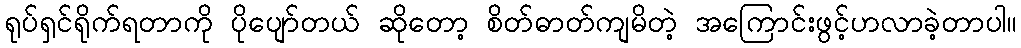
ရုပ်ရှင်ရိုက်ရတာကို ပိုပျော်တယ် ဆိုတော့ စိတ်ဓာတ်ကျမိတဲ့ အကြောင်းဖွင့်ဟလာခဲ့တာပါ။